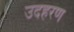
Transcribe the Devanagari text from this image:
उदहरण